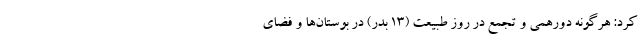
کرد: هرگونه دورهمی و تجمع در روز طبیعت (۱۳ بدر) در بوستان‌ها و فضای